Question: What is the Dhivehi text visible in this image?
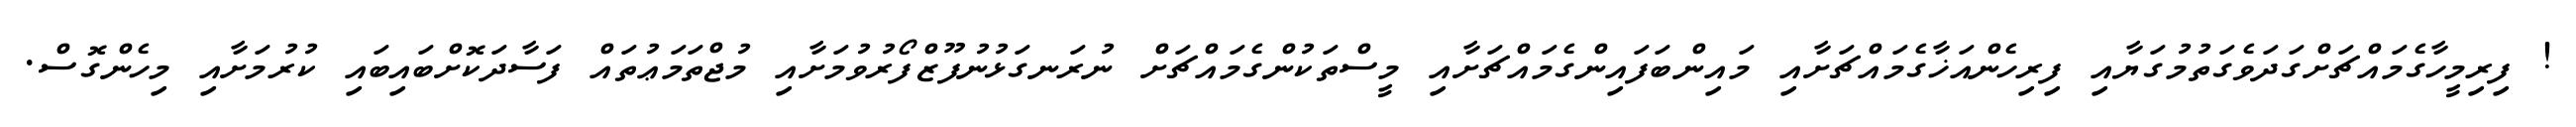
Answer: ! ފިރިމީހާގެމައްޗަށްގަދަވެގަތުމުގަޔާއި ފިރިހެންއަޚާގެމައްޗަށާއި މައިންބަފައިންގެމައްޗަށާއި މީސްތަކުންގެމައްޗަށް ނުރަނގަޅުނުފޫޒްފޯރުވުމަށާއި މުޖްތަމަޢުތައް ފަސާދަކޮށްބައިބައި ކުރުމަށާއި މިހެންގޮސް.